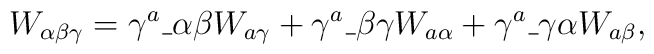
W_{\alpha\beta\gamma} = \gamma^a\_{\alpha\beta} W_{a\gamma} +  \gamma^a\_{\beta\gamma} W_{a\alpha} + \gamma^a\_{\gamma\alpha}  W_{a\beta},